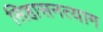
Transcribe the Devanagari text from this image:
सिहासनत्याग